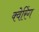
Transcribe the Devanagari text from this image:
क्वेरिंग